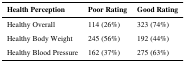
<table><thead><tr><td><b>Health Perception</b></td><td><b>Poor Rating</b></td><td><b>Good Rating</b></td></tr></thead><tbody><tr><td>Healthy Overall</td><td>114 (26%)</td><td>323 (74%)</td></tr><tr><td>Healthy Body Weight</td><td>245 (56%)</td><td>192 (44%)</td></tr><tr><td>Healthy Blood Pressure</td><td>162 (37%)</td><td>275 (63%)</td></tr></tbody></table>